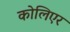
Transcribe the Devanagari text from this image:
कोलिएर